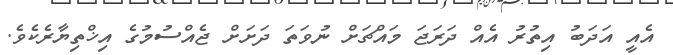
އެއީ އަދަބު އިތުރު އެއް ދަރަޖަ މައްޗަށް ނުވަތަ ދަށަށް ޖެއްސުމުގެ އިޚްތިޔާރެކެވެ.